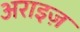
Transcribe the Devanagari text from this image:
अराइज़